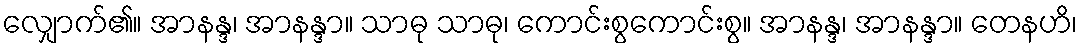
လျှောက်၏။ အာနန္ဒ၊ အာနန္ဒာ။ သာဓု သာဓု၊ ကောင်းစွကောင်းစွ။ အာနန္ဒ၊ အာနန္ဒာ။ တေနဟိ၊